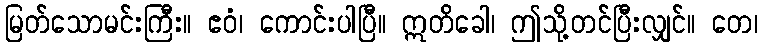
မြတ်သောမင်းကြီး။ ဧဝံ၊ ကောင်းပါပြီ။ ဣတိခေါ၊ ဤသို့တင်ပြီးလျှင်။ တေ၊